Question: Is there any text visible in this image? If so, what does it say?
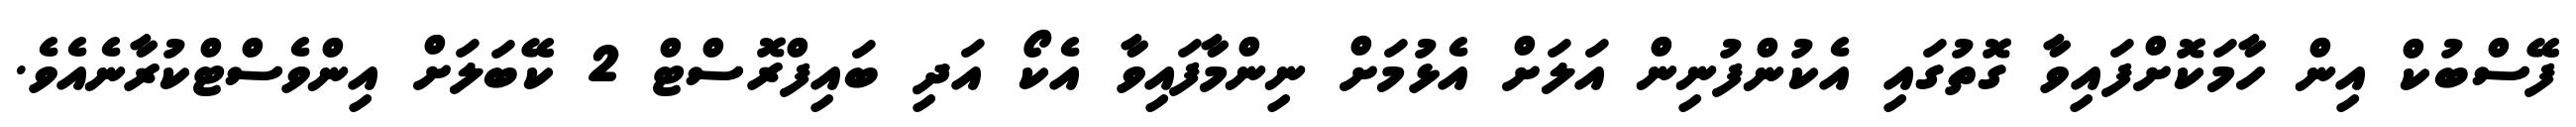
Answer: ފޭސްބުކް އިން ހާމަކޮށްފައިވާ ގޮތުގައި އެކުންފުނިން އަލަށް އެޅުމަށް ނިންމާފައިވާ އެކޯ އަދި ބައިފްރޮސްޓް 2 ކޭބަލަށް އިންވެސްޓްކުރާނެއެވެ.